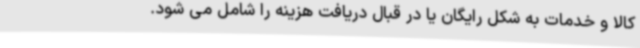
کالا و خدمات به شکل رایگان یا در قبال دریافت هزینه را شامل می شود.